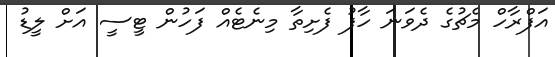
އަފްރާހް މެޗުގެ ދެވަނަ ހާފު ފެށިތާ މިނެޓެއް ފަހުން ޓީސީ އަށް ލީޑު